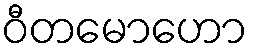
ဝီတမောဟော